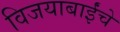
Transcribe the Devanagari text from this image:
विजयाबाईंचे